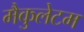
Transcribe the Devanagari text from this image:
मैकुलेटम